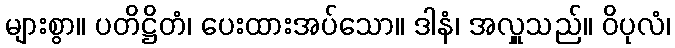
များစွာ။ ပတိဋ္ဌိတံ၊ ပေးထားအပ်သော။ ဒါနံ၊ အလှူသည်။ ဝိပုလံ၊